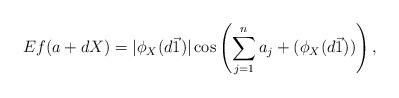
LaTeX: \begin{align*} Ef(a+dX)=|\phi_X(d\vec{1})|\cos\left(\sum_{j=1}^n a_j+(\phi_X(d\vec{1}))\right),\end{align*}